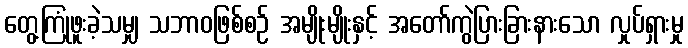
တွေ့ကြုံဖူးခဲ့သမျှ သဘာဝဖြစ်စဉ် အမျိုးမျိုးနှင့် အတော်ကွဲပြားခြားနားသော လှုပ်ရှားမှု